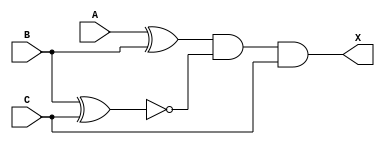
module circuit3 (input A, B, C, output X);
    wire Z;
    // X = A^B
    wire Y;
    // Y = (BC)+(BC)'

    xor (Z,A,B);
    xnor (Y,B,C);
    and (X,Z,Y,C);
    
endmodule